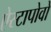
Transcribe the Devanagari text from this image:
ऐस्टापोवो